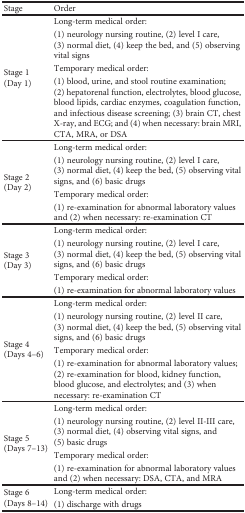
<table><thead><tr><td><b>Stage</b></td><td><b>Order</b></td></tr></thead><tbody><tr><td rowspan="4">Stage 1 (Day 1)</td><td>Long-term medical order:</td></tr><tr><td>(1) neurology nursing routine, (2) level I care, (3) normal diet, (4) keep the bed, and (5) observing vital signs</td></tr><tr><td>Temporary medical order:</td></tr><tr><td>(1) blood, urine, and stool routine examination; (2) hepatorenal function, electrolytes, blood glucose, blood lipids, cardiac enzymes, coagulation function, and infectious disease screening; (3) brain CT, chest X-ray, and ECG; and (4) when necessary: brain MRI, CTA, MRA, or DSA</td></tr><tr><td rowspan="4">Stage 2 (Day 2)</td><td>Long-term medical order:</td></tr><tr><td>(1) neurology nursing routine, (2) level I care, (3) normal diet, (4) keep the bed, (5) observing vital signs, and (6) basic drugs</td></tr><tr><td>Temporary medical order:</td></tr><tr><td>(1) re-examination for abnormal laboratory values and (2) when necessary: re-examination CT</td></tr><tr><td rowspan="4">Stage 3 (Day 3)</td><td>Long-term medical order:</td></tr><tr><td>(1) neurology nursing routine, (2) level I care, (3) normal diet, (4) keep the bed, (5) observing vital signs, and (6) basic drugs</td></tr><tr><td>Temporary medical order:</td></tr><tr><td>(1) re-examination for abnormal laboratory values</td></tr><tr><td rowspan="4">Stage 4 (Days 4–6)</td><td>Long-term medical order:</td></tr><tr><td>(1) neurology nursing routine, (2) level II care, (3) normal diet, (4) keep the bed, (5) observing vital signs, and (6) basic drugs</td></tr><tr><td>Temporary medical order:</td></tr><tr><td>(1) re-examination for abnormal laboratory values; (2) re-examination for blood, kidney function, blood glucose, and electrolytes; and (3) when necessary: re-examination CT</td></tr><tr><td rowspan="4">Stage 5 (Days 7–13)</td><td>Long-term medical order:</td></tr><tr><td>(1) neurology nursing routine, (2) level II-III care, (3) normal diet, (4) observing vital signs, and (5) basic drugs</td></tr><tr><td>Temporary medical order:</td></tr><tr><td>(1) re-examination for abnormal laboratory values and (2) when necessary: DSA, CTA, and MRA</td></tr><tr><td rowspan="2">Stage 6 (Days 8–14)</td><td>Long-term medical order:</td></tr><tr><td>(1) discharge with drugs</td></tr></tbody></table>